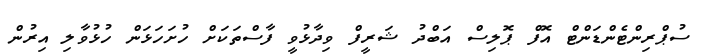
ސުޕްރިންޓެންޑަންޓް އޮފް ޕޮލިސް އަބްދު ޝަރީފް ވިދާޅުވީ ފާސްތަކަށް ހުށަހަޅަން ހުޅުވާލި އިރުން